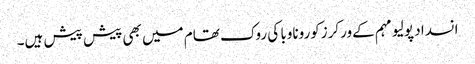
انسداد پولیو مہم کےورکرزکوروناوبا کی روک تھام میں بھی پیش پیش ہیں۔